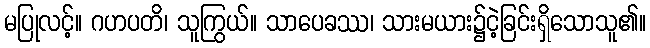
မပြုလင့်။ ဂဟပတိ၊ သူကြွယ်။ သာပေခဿ၊ သားမယား၌ငဲ့ခြင်းရှိသောသူ၏။